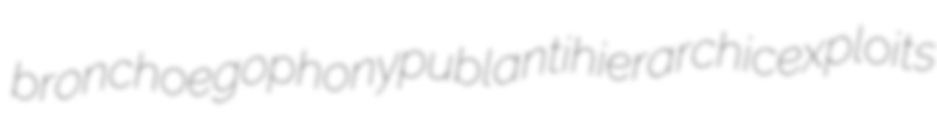
bronchoegophony publ antihierarchic exploits